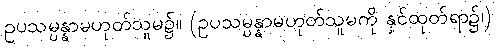
ဥပသမ္ပန္နာမဟုတ်သူမ၌။ (ဥပသမ္ပန္နာမဟုတ်သူမကို နှင်ထုတ်ရာ၌၊)